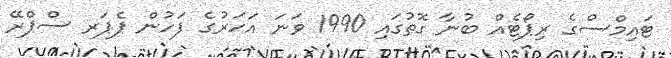
ޓައިމްސްގެ ރިޕޯޓެއް ބުނާ ގޮތުގައި 1990 ވަނަ އަހަރުގެ ފަހުން ޕެޕަރ ސްޕްރޭ